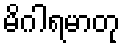
မိဂါရမာတု